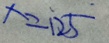
x = 1 2 5